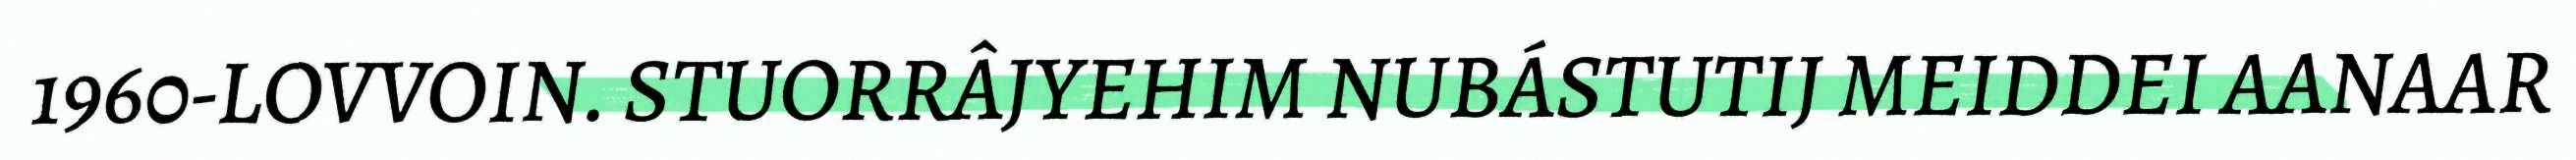
1960-LOVVOIN. STUORRÂJYEHIM NUBÁSTUTIJ MEIDDEI AANAAR